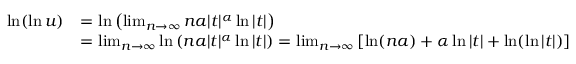
{ \begin{array} { r l } { \ln ( \ln u ) } & { = \ln \left( \operatorname* { l i m } _ { n \to \infty } n a | t | ^ { \alpha } \ln | t | \right) } \\ & { = \operatorname* { l i m } _ { n \to \infty } \ln \left( n a | t | ^ { \alpha } \ln | t | \right) = \operatorname* { l i m } _ { n \to \infty } \left[ \ln ( n a ) + \alpha \ln | t | + \ln ( \ln | t | ) \right] } \end{array} }